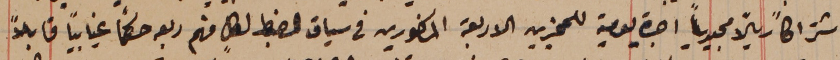
اشتراكاً ريالاً مجيدياً اجرة يومية للمجزين الاربعة المذكورين فى سياق الضبط لكلٍ منهم ربعه حكماً غيابياً قابلاً